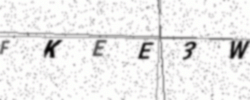
Text: FKEE3W